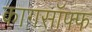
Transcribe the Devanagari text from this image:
कागसॉफ्फ